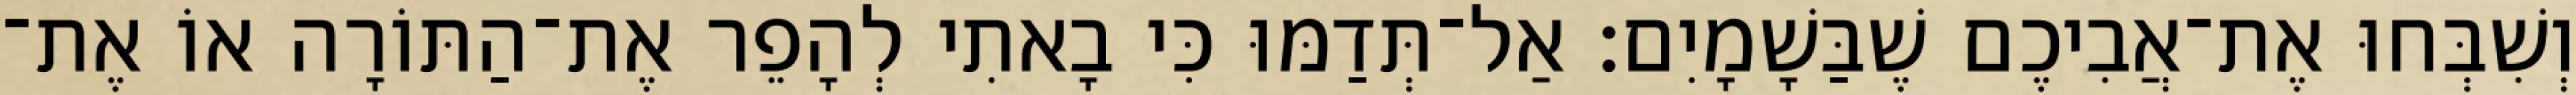
וְשִׁבְּחוּ אֶת־אֲבִיכֶם שֶׁבַּשָׁמָיִם׃ אַל־תְּדַמּוּ כִּי בָאתִי לְהָפֵר אֶת־הַתּוֹרָה אוֹ אֶת־